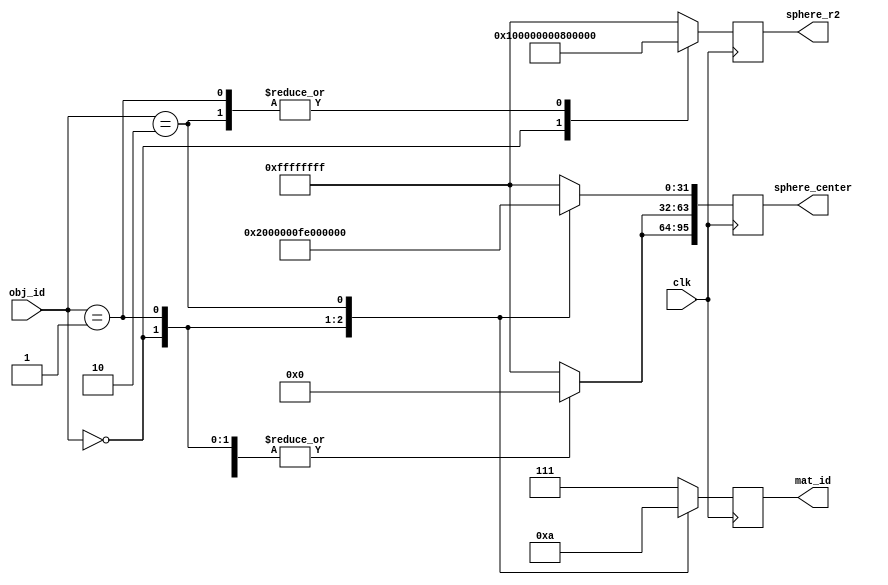
`timescale 1ns / 1ps
//////////////////////////////////////////////////////////////////////////////////
// Company: 
// Engineer: 
// 
// Design Name: 
// Module Name:    traced_spheres 
// Project Name: 
// Target Devices: 
// Tool versions: 
// Description: 
//
// Dependencies: 
//
// Revision: 
// Revision 0.01 - File Created
// Additional Comments: 
//
//////////////////////////////////////////////////////////////////////////////////
module traced_spheres(
		input clk,
		input[2:0] obj_id,
		
		output reg[95:0] sphere_center,
		output reg[31:0] sphere_r2,
		output reg[2:0] mat_id
    );
	 
	 always @(posedge clk) begin
		case(obj_id)
			3'd0: begin
				sphere_center[31:0] <= 0;
				sphere_center[63:32] <= 0;
				sphere_center[95:64] <= 0;
				
				sphere_r2 <= 32'd16777216; //1.0
				mat_id <= 0;
			end
			
			3'd1: begin
				sphere_center[31:0] <= 32'd33554432; //2.0
				sphere_center[63:32] <= 0;
				sphere_center[95:64] <= 0;
				
				sphere_r2 <= 32'd8388608; //0.5
				mat_id <= 1;
			end
			
			3'd2: begin
				sphere_center[31:0] <= $signed(-33554432); //-2.0
				sphere_center[63:32] <= 0;
				sphere_center[95:64] <= 0;
				
				sphere_r2 <= 32'd8388608; //0.5
				mat_id <= 2;
			end
			
			default: begin
				sphere_center <= ~(0);
				sphere_r2 <= ~(0);
				mat_id <= ~(0);
			end
			
		endcase
	 end

endmodule